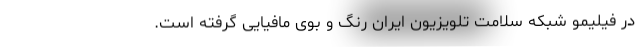
در فیلیمو شبکه سلامت تلویزیون ایران رنگ و بوی مافیایی گرفته است.